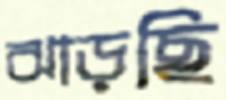
ঝাড়ছি